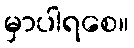
မှာပါရစေ။